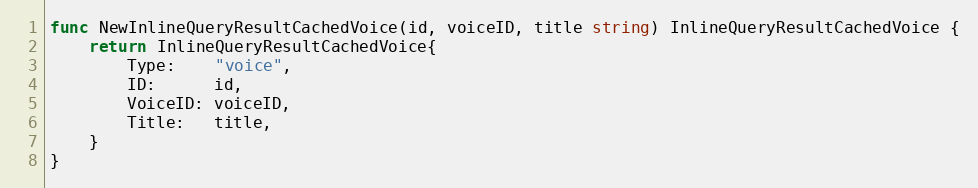
Language: Go
func NewInlineQueryResultCachedVoice(id, voiceID, title string) InlineQueryResultCachedVoice {
	return InlineQueryResultCachedVoice{
		Type:    "voice",
		ID:      id,
		VoiceID: voiceID,
		Title:   title,
	}
}